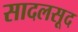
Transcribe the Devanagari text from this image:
सादलसूद